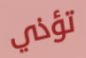
تؤذي